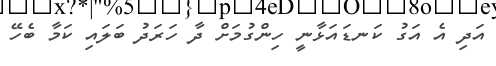
އަދި އެ އަގު ކަނޑައަޅާނީ ހިންގުމަށް ދާ ހަރަދު ބަލައި ކަމާ ބެހޭ